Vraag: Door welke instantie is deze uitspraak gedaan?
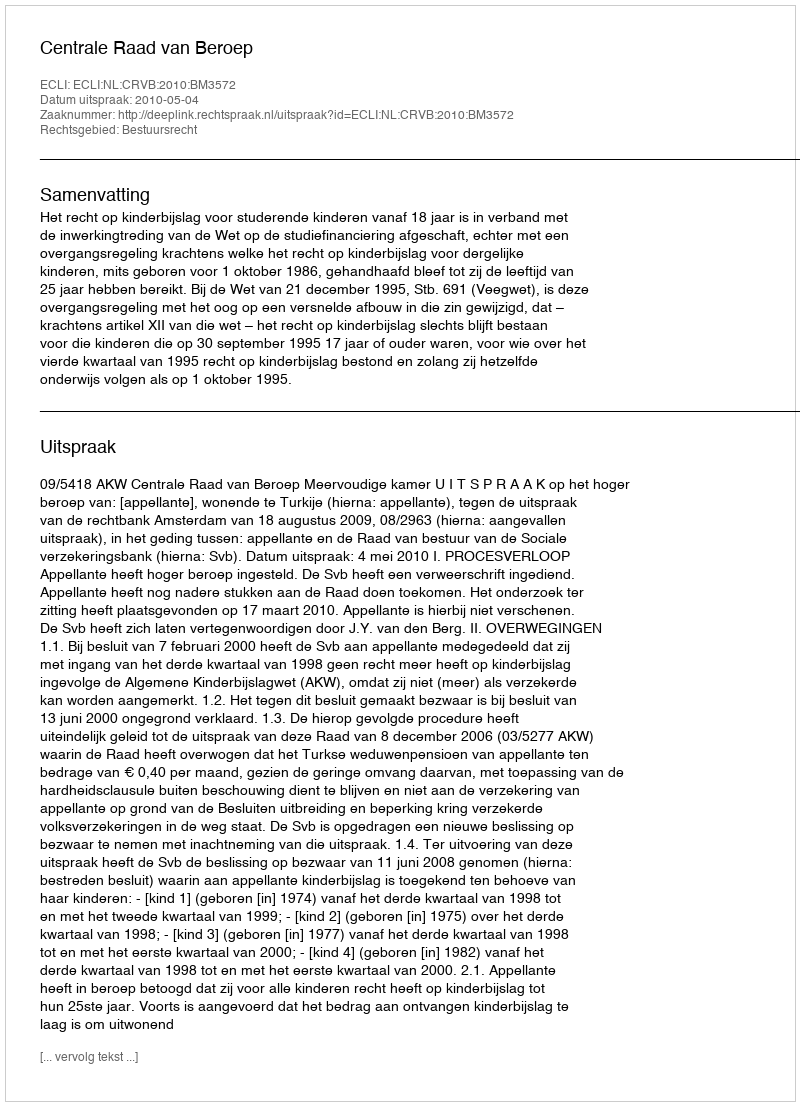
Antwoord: Centrale Raad van Beroep